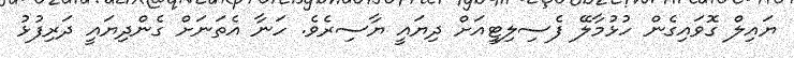
ޔައިލް ގޮވައިގެން ހުޅުމާލޭ ފެސިލިޓީއަށް ދިޔައީ ޔާސިރެވެ. ހަނާ އެތަނަށް ގެންދިޔައީ ދަރިފުޅު